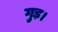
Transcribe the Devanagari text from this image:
गुड़।